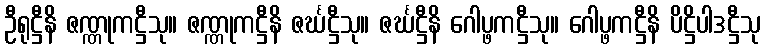
ဦရုဋ္ဌီနိ ဇဏ္ဏုကဋ္ဌီသု။ ဇဏ္ဏုကဋ္ဌီနိ ဇင်္ဃဋ္ဌီသု။ ဇင်္ဃဋ္ဌီနိ ဂေါပ္ဖကဋ္ဌီသု။ ဂေါပ္ဖကဋ္ဌီနိ ပိဋ္ဌိပါဒဋ္ဌီသု